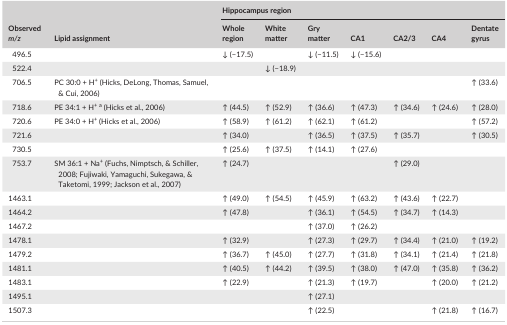
<table><thead><tr><td rowspan="2"><b>Observed <i>m/z</i></b></td><td rowspan="2"><b>Lipid assignment</b></td><td colspan="7"><b>Hippocampus region</b></td></tr><tr><td><b>Whole region</b></td><td><b>White matter</b></td><td><b>Gry matter</b></td><td><b>CA1</b></td><td><b>CA2/3</b></td><td><b>CA4</b></td><td><b>Dentate gyrus</b></td></tr></thead><tbody><tr><td>496.5</td><td></td><td>↓ (−17.5)</td><td></td><td>↓ (−11.5)</td><td>↓ (−15.6)</td><td></td><td></td><td></td></tr><tr><td>522.4</td><td></td><td></td><td>↓ (−18.9)</td><td></td><td></td><td></td><td></td><td></td></tr><tr><td>706.5</td><td>PC 30:0 + H<sup>+</sup> (Hicks, DeLong, Thomas, Samuel, &amp; Cui, 2006)</td><td></td><td></td><td></td><td></td><td></td><td></td><td>↑ (33.6)</td></tr><tr><td>718.6</td><td>PE 34:1 + H<sup>+</sup>a (Hicks et al., 2006)</td><td>↑ (44.5)</td><td>↑ (52.9)</td><td>↑ (36.6)</td><td>↑ (47.3)</td><td>↑ (34.6)</td><td>↑ (24.6)</td><td>↑ (28.0)</td></tr><tr><td>720.6</td><td>PE 34:0 + H<sup>+</sup> (Hicks et al., 2006)</td><td>↑ (58.9)</td><td>↑ (61.2)</td><td>↑ (62.1)</td><td>↑ (61.2)</td><td></td><td></td><td>↑ (57.2)</td></tr><tr><td>721.6</td><td></td><td>↑ (34.0)</td><td></td><td>↑ (36.5)</td><td>↑ (37.5)</td><td>↑ (35.7)</td><td></td><td>↑ (30.5)</td></tr><tr><td>730.5</td><td></td><td>↑ (25.6)</td><td>↑ (37.5)</td><td>↑ (14.1)</td><td>↑ (27.6)</td><td></td><td></td><td></td></tr><tr><td>753.7</td><td>SM 36:1 + Na<sup>+</sup> (Fuchs, Nimptsch, &amp; Schiller, 2008; Fujiwaki, Yamaguchi, Sukegawa, &amp; Taketomi, 1999; Jackson et al., 2007)</td><td>↑ (24.7)</td><td></td><td></td><td></td><td>↑ (29.0)</td><td></td><td></td></tr><tr><td>1463.1</td><td></td><td>↑ (49.0)</td><td>↑ (54.5)</td><td>↑ (45.9)</td><td>↑ (63.2)</td><td>↑ (43.6)</td><td>↑ (22.7)</td><td></td></tr><tr><td>1464.2</td><td></td><td>↑ (47.8)</td><td></td><td>↑ (36.1)</td><td>↑ (54.5)</td><td>↑ (34.7)</td><td>↑ (14.3)</td><td></td></tr><tr><td>1467.2</td><td></td><td></td><td></td><td>↑ (37.0)</td><td>↑ (26.2)</td><td></td><td></td><td></td></tr><tr><td>1478.1</td><td></td><td>↑ (32.9)</td><td></td><td>↑ (27.3)</td><td>↑ (29.7)</td><td>↑ (34.4)</td><td>↑ (21.0)</td><td>↑ (19.2)</td></tr><tr><td>1479.2</td><td></td><td>↑ (36.7)</td><td>↑ (45.0)</td><td>↑ (27.7)</td><td>↑ (31.8)</td><td>↑ (34.1)</td><td>↑ (21.4)</td><td>↑ (21.8)</td></tr><tr><td>1481.1</td><td></td><td>↑ (40.5)</td><td>↑ (44.2)</td><td>↑ (39.5)</td><td>↑ (38.0)</td><td>↑ (47.0)</td><td>↑ (35.8)</td><td>↑ (36.2)</td></tr><tr><td>1483.1</td><td></td><td>↑ (22.9)</td><td></td><td>↑ (21.3)</td><td>↑ (19.7)</td><td></td><td>↑ (20.0)</td><td>↑ (21.2)</td></tr><tr><td>1495.1</td><td></td><td></td><td></td><td>↑ (27.1)</td><td></td><td></td><td></td><td></td></tr><tr><td>1507.3</td><td></td><td></td><td></td><td>↑ (22.5)</td><td></td><td></td><td>↑ (21.8)</td><td>↑ (16.7)</td></tr></tbody></table>